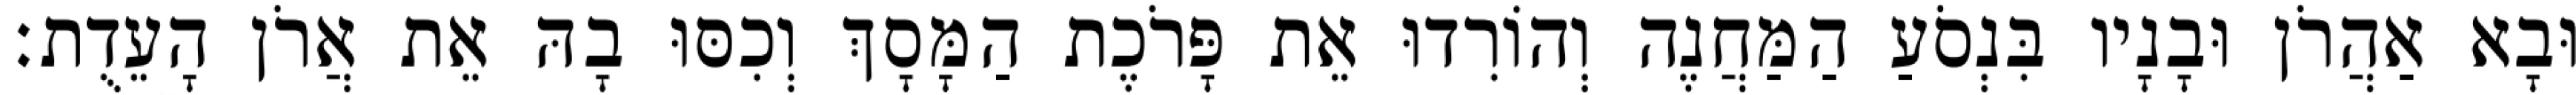
וּבָא אַהֲרֹן וּבָנָיו בִּנְסֹעַ הַמַּחֲנֶה וְהוֹרִדוּ אֵת פָּרֹכֶת הַמָּסָךְ וְכִסּוּ בָהּ אֵת אֲרֹן הָעֵדֻת׃